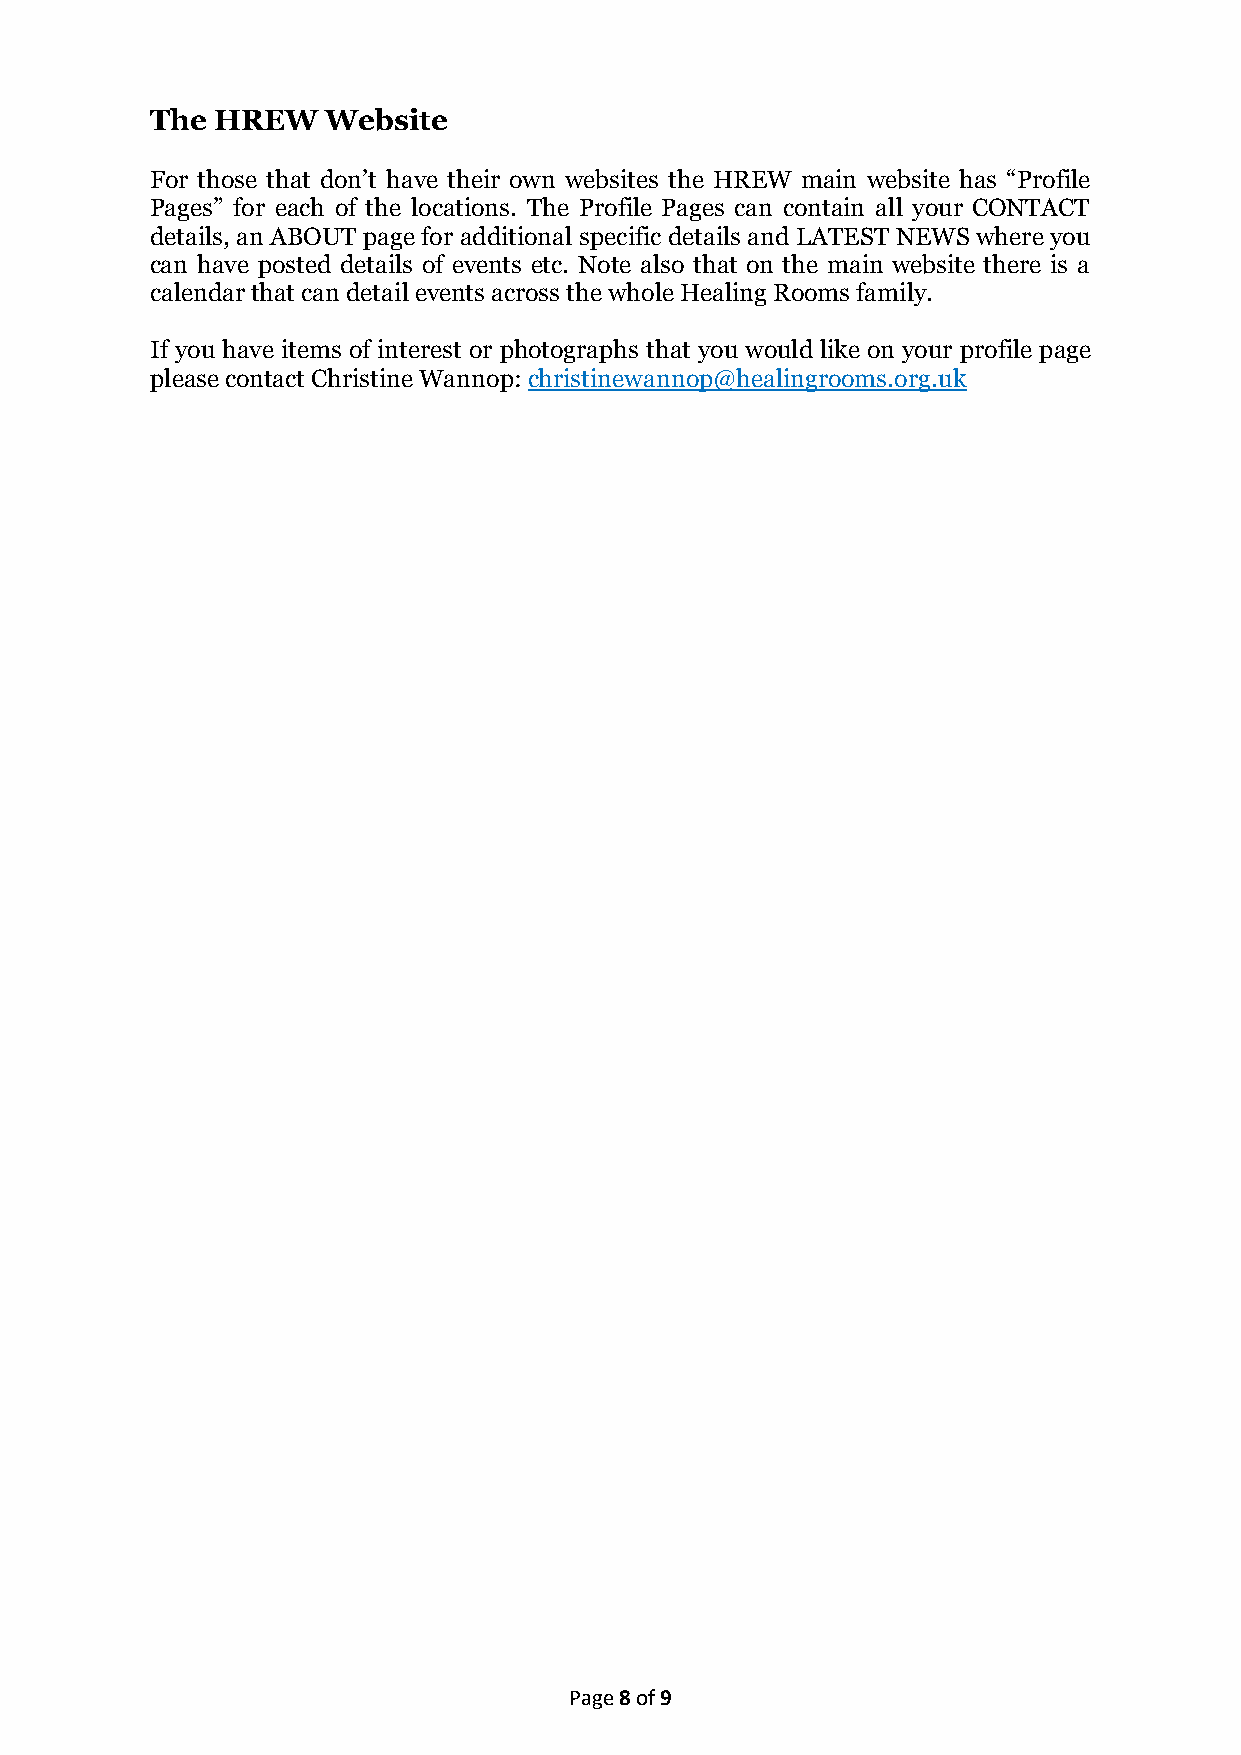
The HREW    Website
 For those that don’t have their own websites the HREW main website has “Profile
 Pages” for each of the locations. The Profile Pages can contain all your CONTACT
 details, an ABOUT page for additional specific details and LATEST NEWS where you
 can have posted details of events etc. Note also that on the main website there is a
 calendar that can detail events across the whole Healing Rooms family.
 If you have items of interest or photographs that you would like on your profile page
 please contact Christine Wannop: christinewannop@healingrooms.org.uk
 Page 8 of 9